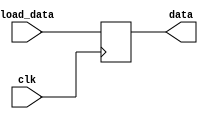
module registerwithclock
#(parameter WIDTH=8)
(
    input                clk,
    input  [WIDTH-1: 0]  load_data,
    output [WIDTH-1: 0]  data
);

reg [WIDTH-1: 0]  d;

always @(posedge clk) begin
	d <= load_data;
end

assign data = d;

endmodule